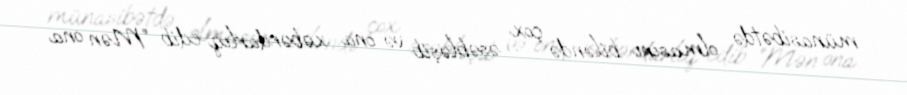
münasibətdə olmasını biləndə çox əsəbləşib və ona xəbərdarlıq edib: “Mən ona